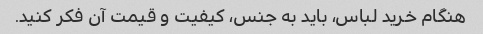
هنگام خرید لباس، باید به جنس، کیفیت و قیمت آن فکر کنید.